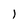
Character: 1